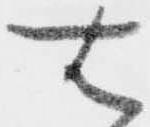
右